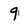
Character: 9